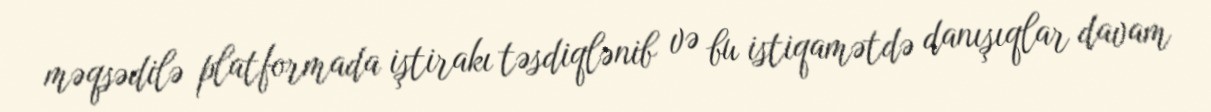
məqsədilə platformada iştirakı təsdiqlənib və bu istiqamətdə danışıqlar davam